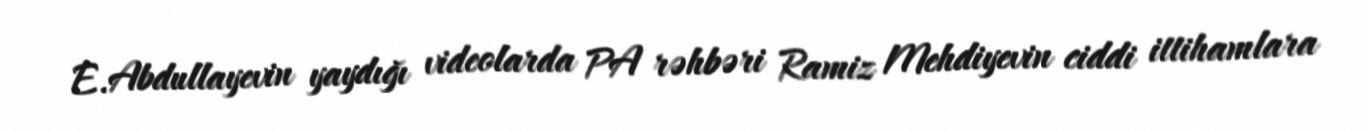
E.Abdullayevin yaydığı videolarda PA rəhbəri Ramiz Mehdiyevin ciddi ittihamlara